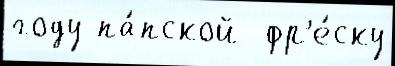
году па́пской  фр'е́ску